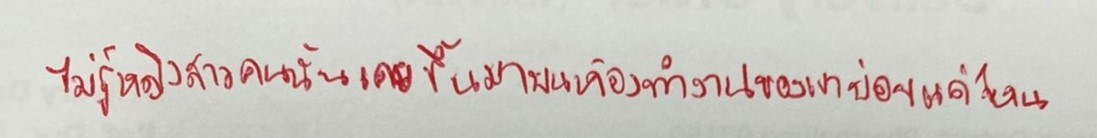
ไม่รู้หญิงสาวคนนั้นเคยขึ้นมาบนห้องทำงานของเขาบ่อยครั้งแค่ไหน